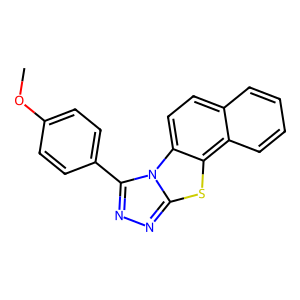
SMILES: COc1ccc(-c2nnc3sc4c5ccccc5ccc4n23)cc1
Inhibits HIV replication: No